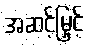
အဆင့်မြှင့်